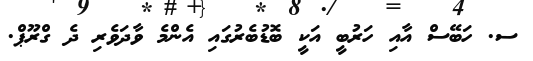
ސ. ހަބޭސް އާއި ހަރުބީ އަކީ ބޮޑުބެރުގައި އެންމެ ވާދަވެރި ދެ ގްރޫޕް.